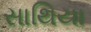
સાથિયા